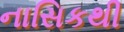
નાસિકથી